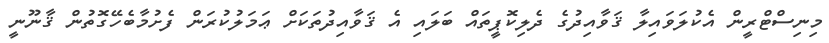
މިނިސްޓްރީން އެކުލަވައިލާ ޤަވާއިދުގެ ދެލިކޮޕީތައް ބަލައި އެ ޤަވާއިދުތަކަށް ޢަމަލުކުރަން ފެށުމާބެހޭގޮތުން ޤާނޫނީ